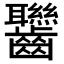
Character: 𪚀